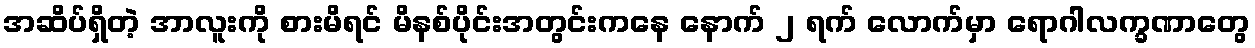
အဆိပ်ရှိတဲ့ အာလူးကို စားမိရင် မိနစ်ပိုင်းအတွင်းကနေ နောက် ၂ ရက် လောက်မှာ ရောဂါလက္ခဏာတွေ